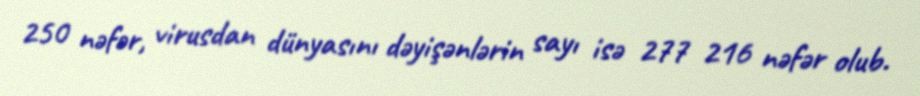
250 nəfər, virusdan dünyasını dəyişənlərin sayı isə 277 216 nəfər olub.